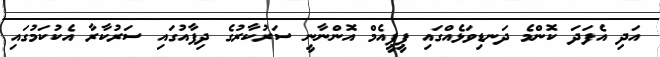
އަދި އެފަދަ ކޮންމެ ދަނޑިވަޅެއްގައި ޕީޕީއެމް އޮންނާނީ ސަރުކާރުގެ ދިފާއުގައި ސަރުކާރާ އެކުކަމުގައި